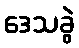
ဒေသခွဲ